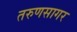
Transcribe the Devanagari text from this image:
तरुणसागर